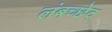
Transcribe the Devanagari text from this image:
लंबच्छेद